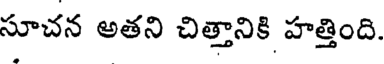
సూచన అతని చిత్తానికి హత్తింది.